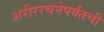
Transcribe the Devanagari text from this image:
शरीररचनेपर्यंतची